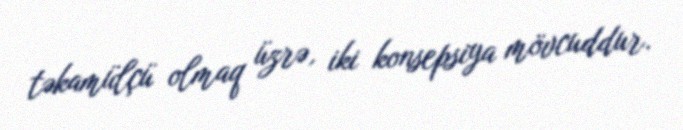
təkamülçü olmaq üzrə, iki konsepsiya mövcuddur.